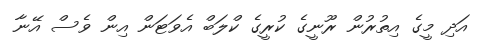
އަދި މީގެ އިތުރުން ރޫނީގެ ކުރީގެ ކްލަބް އެވަޓަން އިން ވެސް އޭނާ